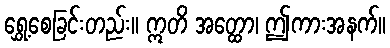
ရွှေ့စေခြင်းတည်း။ ဣတိ အတ္ထော၊ ဤကားအနက်။